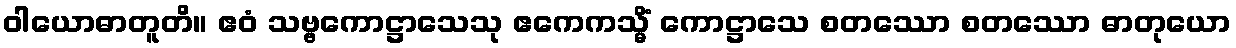
ဝါယောဓာတူတိ။ ဧဝံ သဗ္ဗကောဋ္ဌာသေသု ဧကေကသ္မိံ ကောဋ္ဌာသေ စတဿော စတဿော ဓာတုယော